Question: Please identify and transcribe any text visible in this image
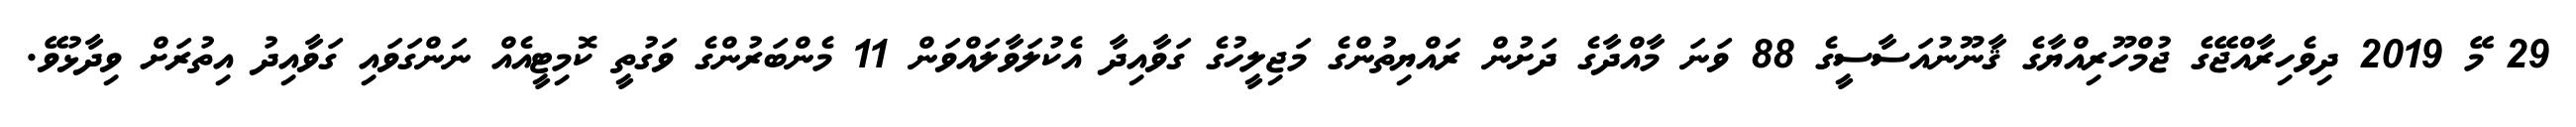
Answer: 29 މޭ 2019 ދިވެހިރާއްޖޭގެ ޖުމްހޫރިއްޔާގެ ޤާނޫނުއަސާސީގެ 88 ވަނަ މާއްދާގެ ދަށުން ރައްޔިތުންގެ މަޖިލީހުގެ ގަވާއިދާ އެކުލަވާލައްވަން 11 މެންބަރުންގެ ވަގުތީ ކޮމިޓީއެއް ނަންގަވައި ގަވާއިދު އިތުރަށް ވިދާޅުވޭ.